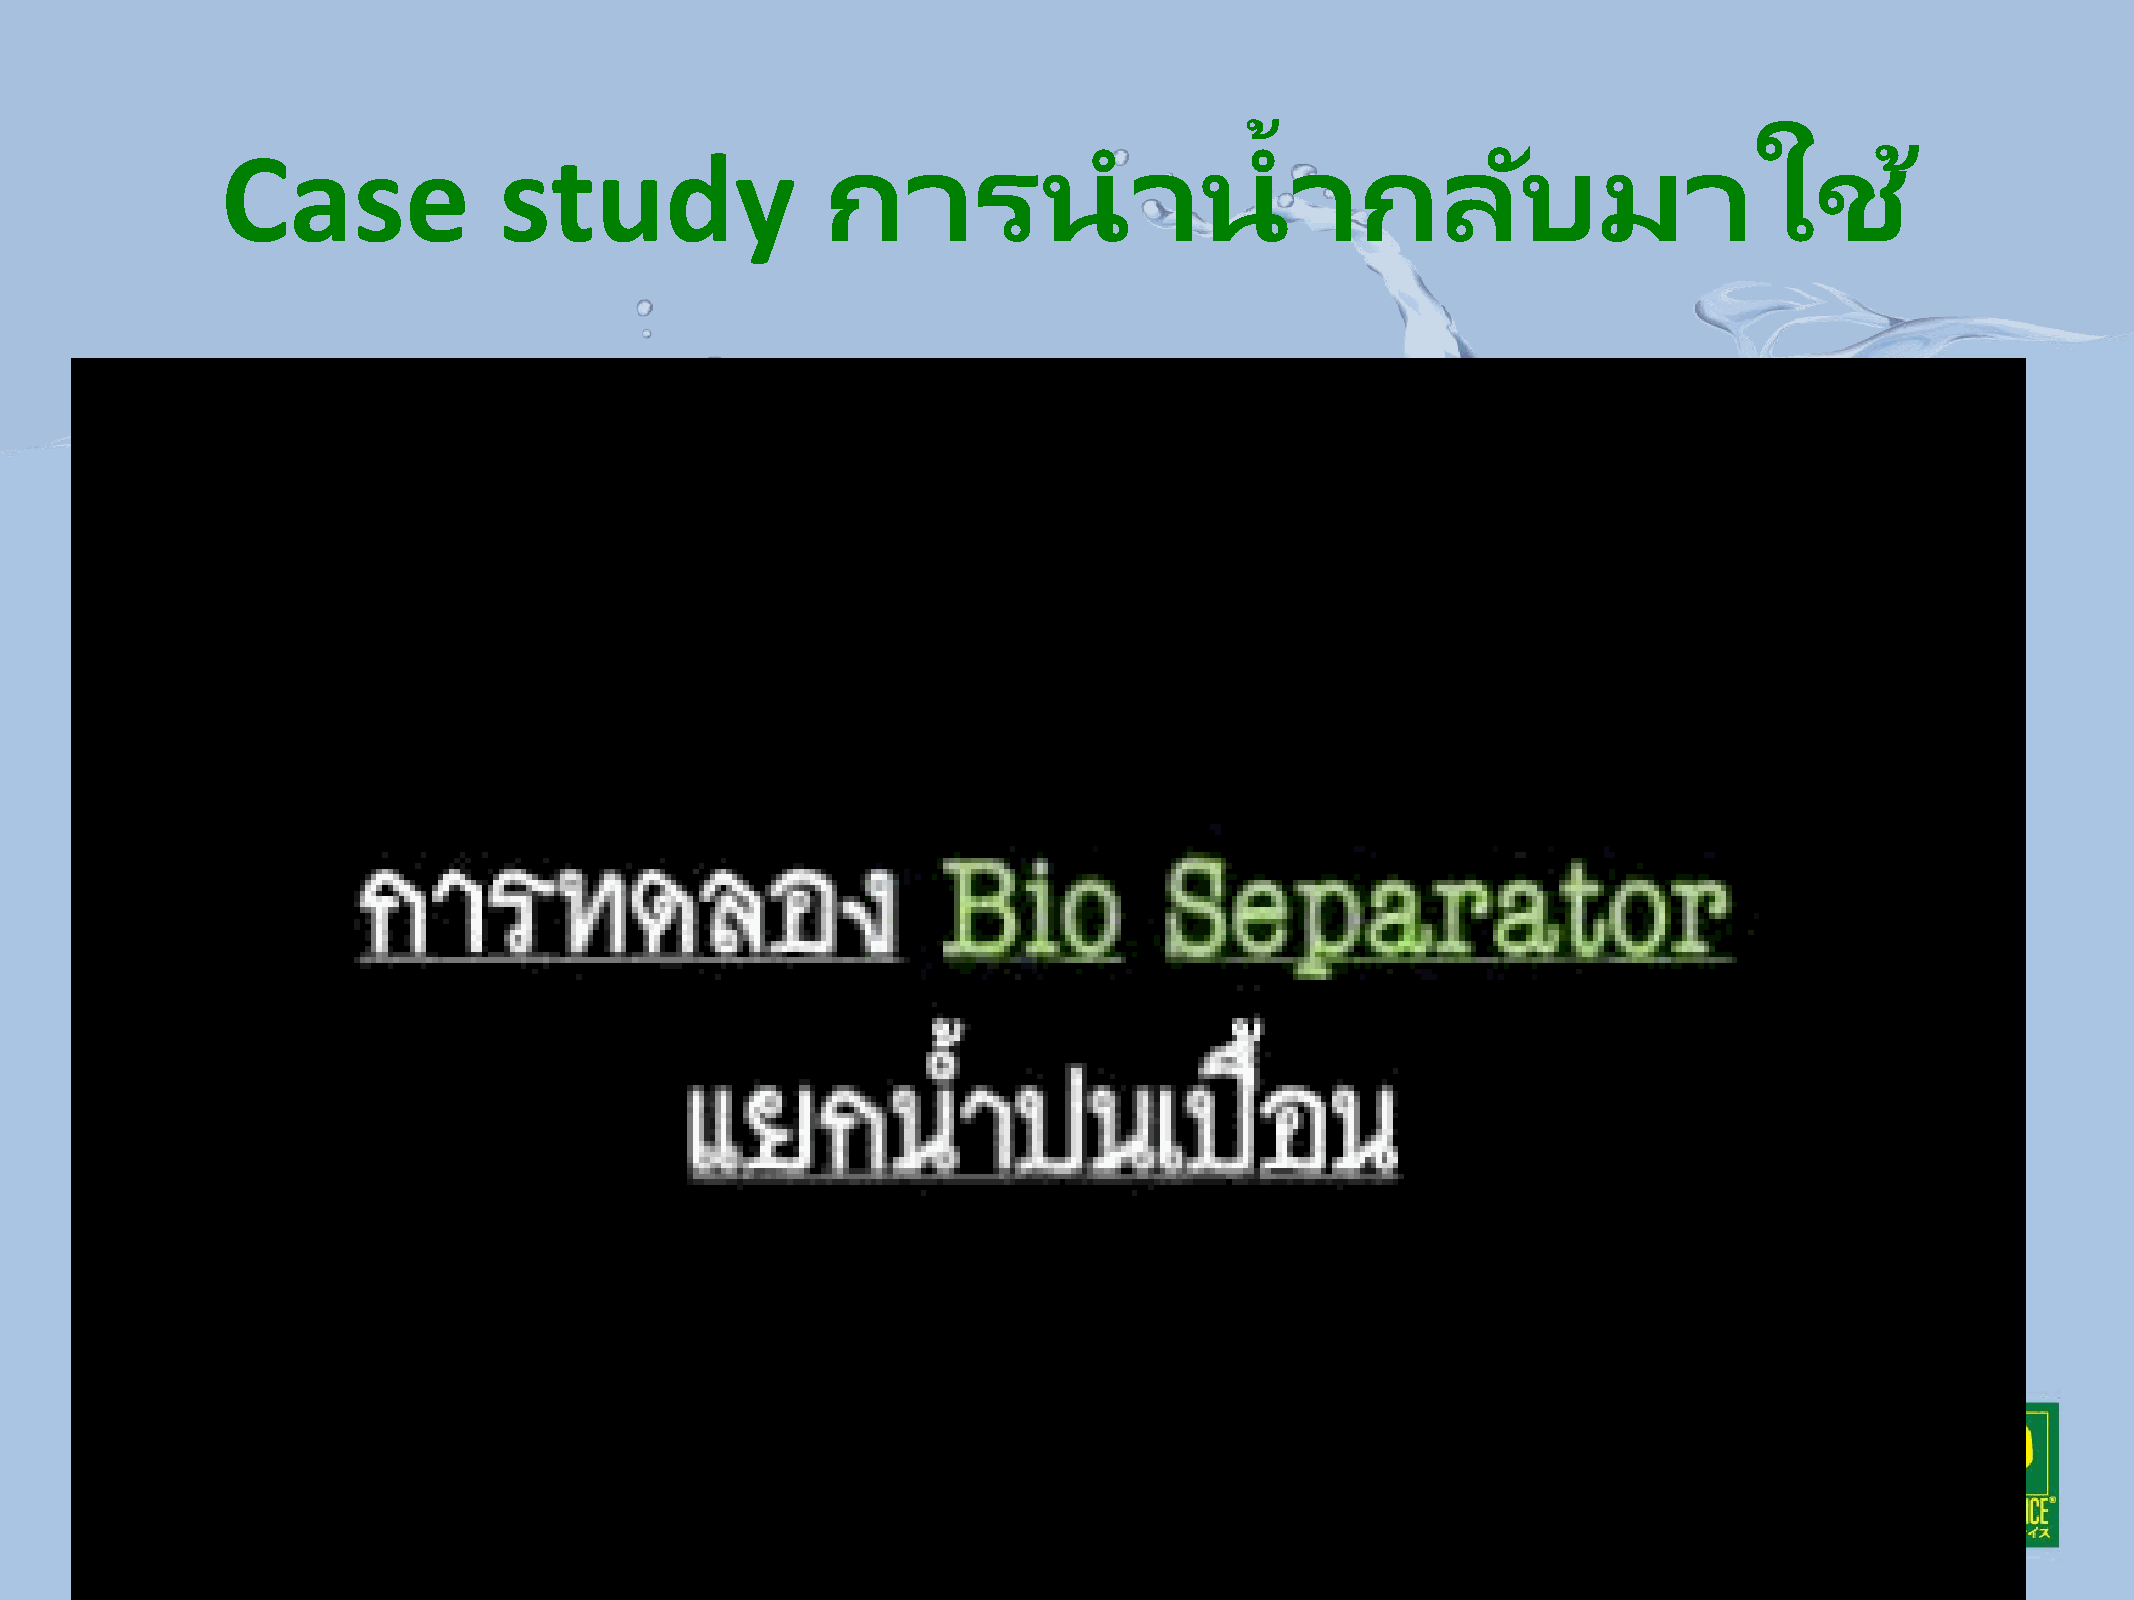
้
 Case              study                 การน                าน        ากลบั                มาใช                 ้
 26